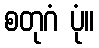
စတုဂံ ပုံ။